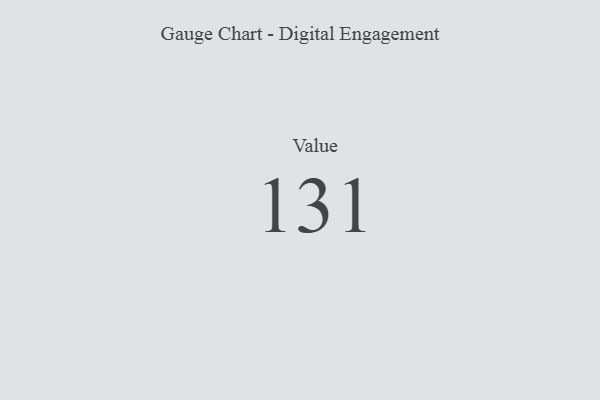
{"axis": {"x": "Metric", "y": "Value"}, "legend": [""], "data": [{"x": "Value", "y": 131, "type": ""}]}